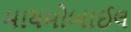
માયમોબાઈલ